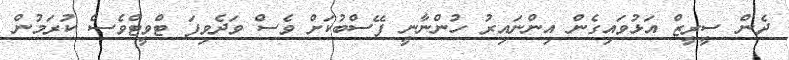
ދެން ސީރީޒް އަޅުވައިގެން އިންނައިރު ހުންނާނީ ފޭސްބުކަށް ވެސް ވަދެވިފަ ޓްވީޓްވެސް ކުރަމުން